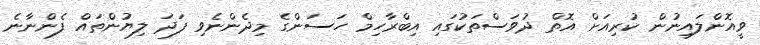
ވީއޮންލައިނުން ކުރިއަށް އޮތް ދުވަސްތަކުގައި އިބްރާހިމް ހަސަންގެ މިދެންނެވި ފަދަ ލިޔުންތައް ފެންނާނެ